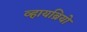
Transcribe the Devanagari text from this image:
व्हायब्रियो